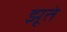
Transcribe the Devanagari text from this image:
झूते